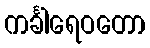
ကင်္ခါရေဝတော